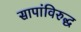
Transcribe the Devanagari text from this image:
सापांविरुद्ध